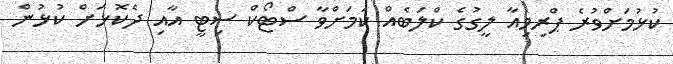
ކުޅުމަށްވުރެ ޕްރިމިއާ ލީގުގެ ކްލަބެއް ކަމަށްވާ ސްޓޯކް ސިޓީ އާއި ދެކޮޅަށް ކުޅުން